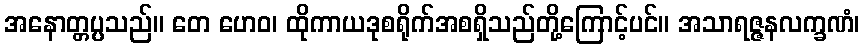
အနောတ္တပ္ပသည်။ တေ ဟေဝ၊ ထိုကာယဒုစရိုက်အစရှိသည်တို့ကြောင့်ပင်။ အသာရဇ္ဇနလက္ခဏံ၊